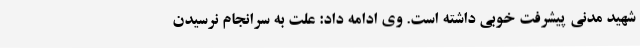
شهید مدنی پیشرفت خوبی داشته است. وی ادامه داد: علت به سرانجام نرسیدن